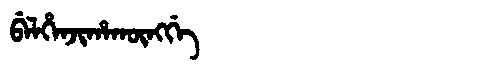
Manchu: ᠪᡝᠯᡥᡝᠨᠵᡳᡥᠠᡴᡡᠩᡤᡝ
Romanization: BELHENJIHAKŪNGGE